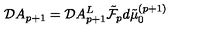
{ \cal D } A _ { p + 1 } = { \cal D } A _ { p + 1 } ^ { L } \tilde { { \cal F } } _ { p } d \tilde { \mu } _ { 0 } ^ { ( p + 1 ) }